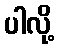
ပါလို့